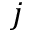
j